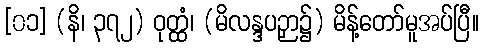
[၀၁] (နိ၊ ၃၇၂) ဝုတ္ထံ၊ (မိလန္ဒပဉှာ၌) မိန့်တော်မူအပ်ပြီ။